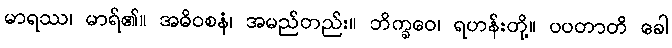
မာရဿ၊ မာရ်၏။ အဓိဝစနံ၊ အမည်တည်း။ ဘိက္ခဝေ၊ ရဟန်းတို့။ ပပတာတိ ခေါ